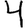
Digit: 4